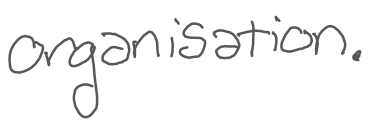
Text: organization.
Cross-out: clean
Writing tool: digital_gray